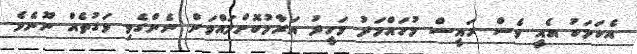
އެކަމަކު އެއީ ވެސް ރައީސް މުހައްމަދު ވަހީދު އަރާމުކޮށްލައްވަން ނެންގެވި ވަގުތެއް ނޫނެވެ.